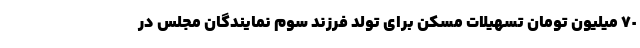
٧٠ میلیون تومان تسهیلات مسکن برای تولد فرزند سوم نمایندگان مجلس در